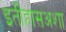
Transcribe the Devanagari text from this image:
इतीहासअशा